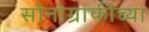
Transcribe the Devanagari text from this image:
सोनोग्राफीच्या